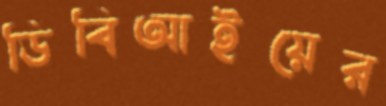
ডিবিআইয়ের